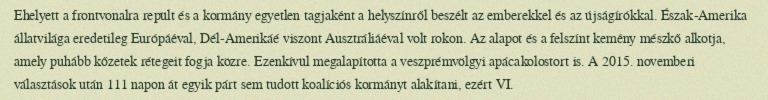
Ehelyett a frontvonalra repült és a kormány egyetlen tagjaként a helyszínről beszélt az emberekkel és az újságírókkal. Észak-Amerika állatvilága eredetileg Európáéval, Dél-Amerikáé viszont Ausztráliáéval volt rokon. Az alapot és a felszínt kemény mészkő alkotja, amely puhább kőzetek rétegeit fogja közre. Ezenkívül megalapította a veszprémvölgyi apácakolostort is. A 2015. novemberi választások után 111 napon át egyik párt sem tudott koalíciós kormányt alakítani, ezért VI.